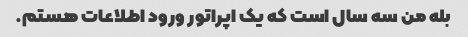
بله من سه سال است که یک اپراتور ورود اطلاعات هستم.